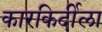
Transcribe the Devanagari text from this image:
कारकिर्दीला